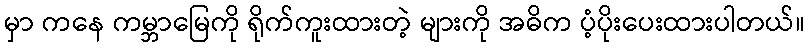
မှာ ကနေ ကမ္ဘာမြေကို ရိုက်ကူးထားတဲ့ များကို အဓိက ပံ့ပိုးပေးထားပါတယ်။